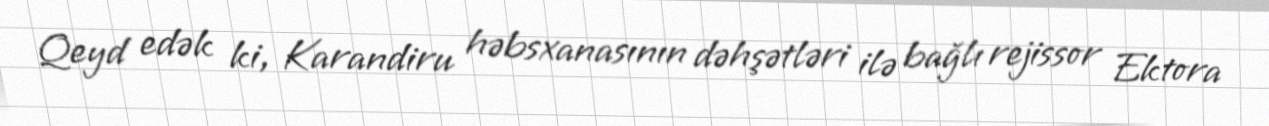
Qeyd edək ki, Karandiru həbsxanasının dəhşətləri ilə bağlı rejissor Ektora